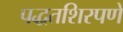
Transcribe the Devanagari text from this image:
पद्धतशिरपणे